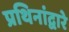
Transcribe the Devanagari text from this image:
प्रथिनांद्वारे